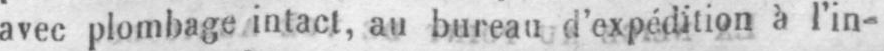
avec plombage intact, au bureau d’expédition à l’in-